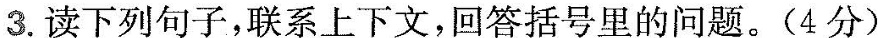
3. 读下列句子，联系上下文，回答括号里的问题。(4分)